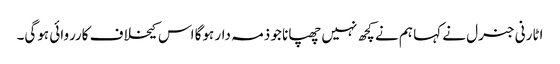
اٹارنی جنرل نے کہا ہم نے کچھ نہیں چھپانا جو ذمہ دار ہوگا اس کیخلاف کارروائی ہوگی۔